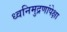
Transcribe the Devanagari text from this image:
ध्वनिमुद्रणांपेक्षा